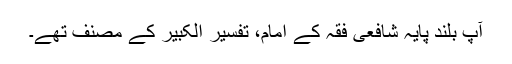
آپ بلند پایہ شافعی فقہ کے امام، تفسیر الکبیر کے مصنف تھے۔